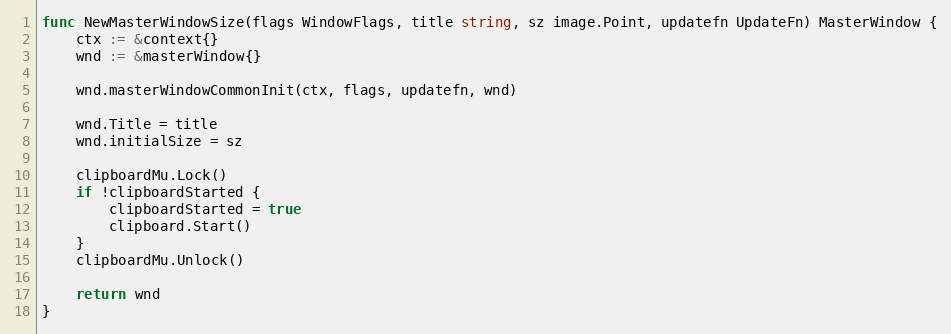
Language: Go
func NewMasterWindowSize(flags WindowFlags, title string, sz image.Point, updatefn UpdateFn) MasterWindow {
	ctx := &context{}
	wnd := &masterWindow{}

	wnd.masterWindowCommonInit(ctx, flags, updatefn, wnd)

	wnd.Title = title
	wnd.initialSize = sz

	clipboardMu.Lock()
	if !clipboardStarted {
		clipboardStarted = true
		clipboard.Start()
	}
	clipboardMu.Unlock()

	return wnd
}